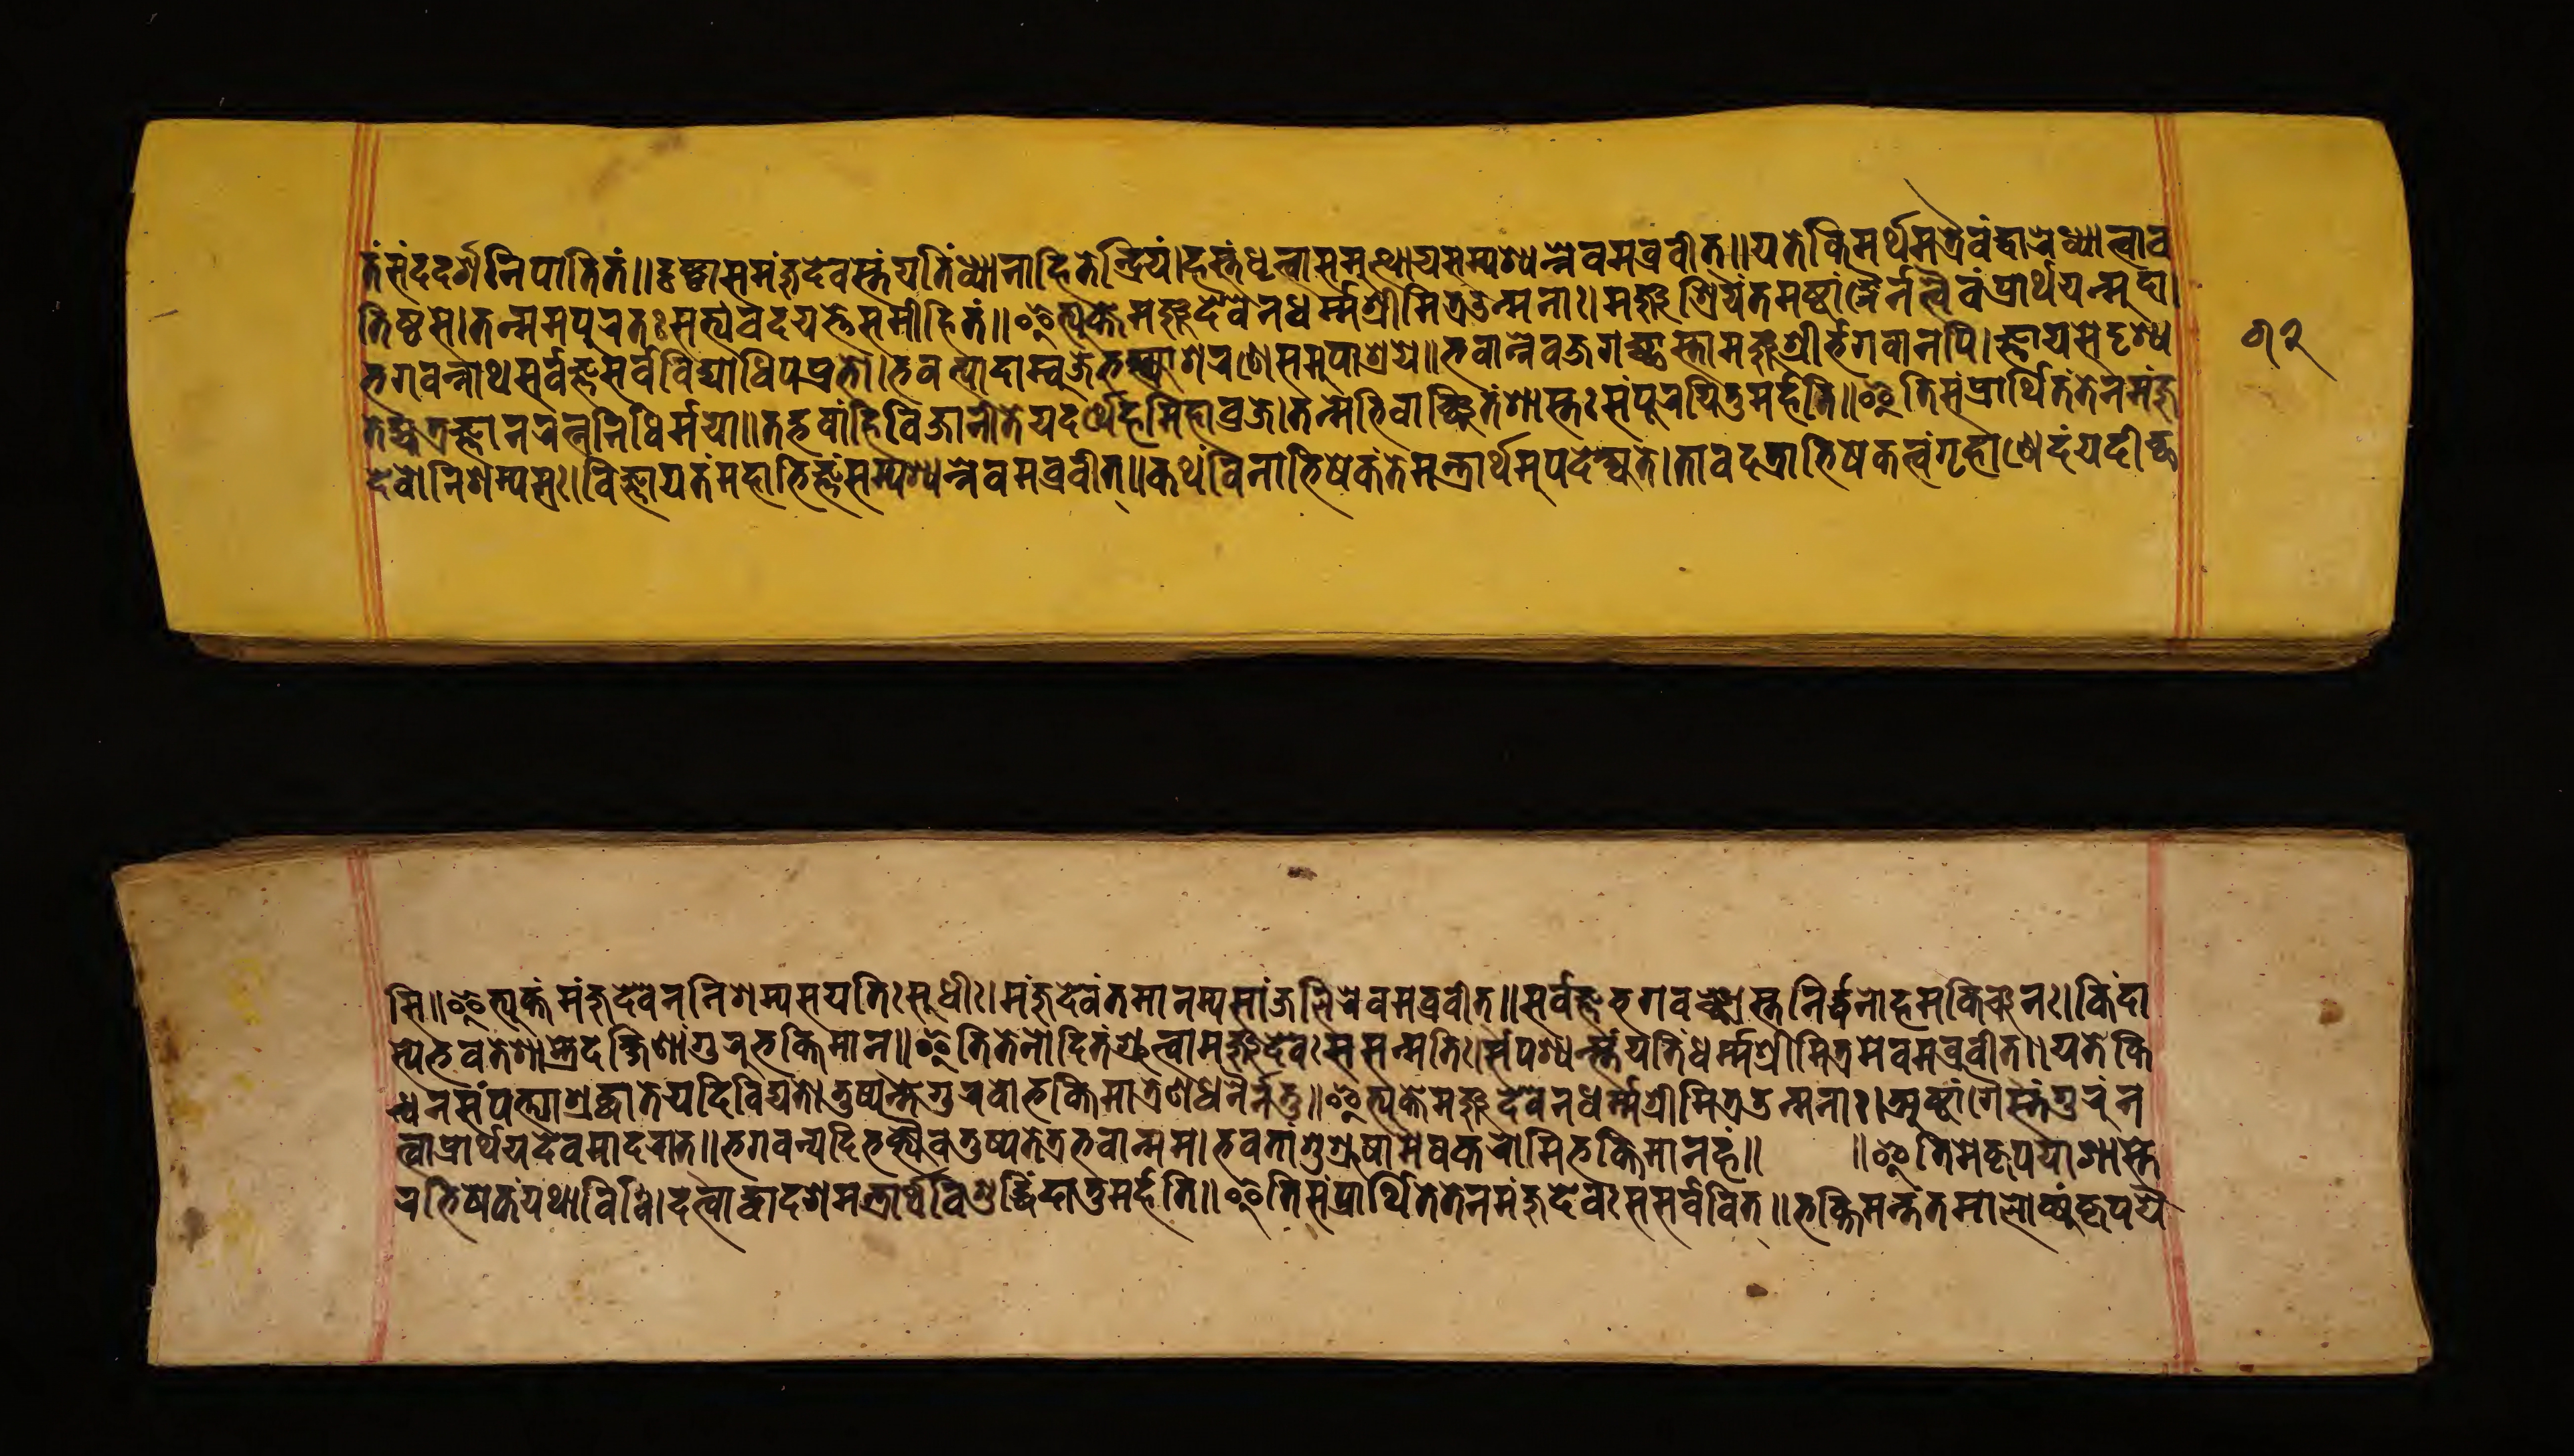
𑐟𑑄𑐳𑑄𑐡𑐡𑐬𑑂𑐱𑐣𑐶𑐥𑐵𑐟𑐶𑐟𑑄𑑌𑐡𑐺𑐲𑑂𑐚𑑂𑐰𑐵𑐳𑐩𑐘𑑂𑐖𑐸𑐡𑐾𑐰𑐳𑑂𑐟𑑄𑐫𑐟𑐶𑑄𑐢𑑂𑐫𑐵𑐟𑑂𑐰𑐵𑐖𑐶𑐟𑐾𑐣𑑂𑐡𑑂𑐬𑐶𑐫𑑄𑑋𑐴𑐳𑑂𑐟𑑄𑐢𑐺𑐟𑑂𑐰𑐵𑐳𑐩𑐸𑐟𑑂𑐠𑐵𑐫𑐳𑑄𑐥𑐱𑑂𑐫𑐣𑑂𑐣𑐾𑐰𑐰𑑂𑐬𑐰𑐷𑐟𑑂𑑌𑐫𑐟𑐾𑐎𑐶𑐩𑐬𑑂𑐠𑐩𑐟𑑂𑐬𑐿𑐰𑑄𑐡𑑂𑐰𑐵𑐬𑑄𑐢𑑂𑐫𑐵𑐟𑑂𑐰𑐵𑐰 𑐟𑐶𑐲𑑂𑐛𑐳𑑋𑐟𑐟𑑂𑐩𑐩𑐥𑐸𑐬𑐟𑑅𑐳𑐨𑑂𑐫𑑄𑐰𑐡𑐫𑐟𑐾𑐳𑐩𑐵𑐴𑐶𑐟𑑄𑑌𑐂𑐟𑑂𑐫𑐸𑐎𑑂𑐟𑑂𑐰𑐵𑐩𑐘𑑂𑐖𑐸𑐡𑐾𑐰𑐾𑑄𑐣𑐢𑐬𑑂𑐩𑐱𑑂𑐬𑐷𑐩𑐶𑐟𑑂𑐬𑑁𑐣𑑂𑐩𑐣𑐵𑑅𑑋𑐩𑐘𑑂𑐖𑐸𑐱𑑂𑐬𑐶𑐫𑐣𑑂𑐟𑐩𑐲𑑂𑐚𑐵𑑄𑐐𑐿𑐣𑐟𑑂𑐰𑐿𑐰𑑄𑐥𑑂𑐬𑐵𑐬𑑂𑐠𑐫𑐣𑑂𑐩𑐸𑐡𑐵𑑋 𑐨𑐐𑐰𑐣𑑂𑐣𑐵𑐠𑐳𑐬𑑂𑐰𑐖𑑂𑐘𑐳𑐬𑑂𑐰𑐰𑐶𑐡𑑂𑐫𑐵𑐢𑐶𑐥𑐥𑑂𑐬𑐨𑑀𑑋𑐨𑐰𑐟𑑂𑐥𑐵𑐡𑐵𑐩𑑂𑐧𑐸𑐖𑐾𑐨𑐎𑑂𑐟𑑂𑐫𑐵𑐱𑐬𑐞𑐾𑐳𑐩𑐸𑐥𑐵𑐱𑑂𑐬𑐫𑐾𑑌𑐨𑐰𑐵𑐣𑐾𑐰𑐖𑐐𑐔𑑂𑐕𑐵𑐳𑑂𑐟𑐵𑐩𑐘𑑂𑐖𑐸𑐱𑑂𑐬𑐷𑐬𑑂𑐨𑐐𑐰𑐵𑐣𑐥𑐶𑑋𑐖𑑂𑐘𑐵𑐫𑐳𑐾𑐡𑐺𑐱𑑂𑐫 𑐟𑐾𑐴𑑂𑐫𑐟𑑂𑐬𑐖𑑂𑐘𑐵𑐣𑐬𑐟𑑂𑐣𑐣𑐶𑐢𑐶𑐬𑑂𑐩𑐫𑐵𑑌𑐟𑐡𑑂𑐨𑐰𑐵𑐴𑑂𑐣𑐶𑐰𑐶𑐖𑐵𑐣𑐷𑐟𑐾𑐫𑐡𑐬𑑂𑐠𑐾𑐴𑐩𑐶𑐴𑐵𑐰𑑂𑐬𑐖𑑋𑐟𑐟𑑂𑐩𑐾𑐨𑐶𑐰𑐵𑑄𑐔𑑂𑐕𑐶𑐟𑑄𑐱𑐵𑐳𑑂𑐟𑐵𑑅𑐳𑑄𑐥𑐹𑐬𑐫𑐶𑐟𑐸𑐩𑐬𑑂𑐴𑐟𑐶𑑌𑐂𑐟𑐶𑐳𑑄𑐥𑑂𑐬𑐵𑐬𑑂𑐠𑐶𑐟𑑄𑐟𑐾𑐣𑐩𑐘𑑂𑐖𑐸 𑐡𑐾𑐰𑐣𑐶𑐱𑐩𑑂𑐫𑐳𑑋𑐰𑐶𑐖𑑂𑐘𑐵𑐫𑐟𑑄𑐩𑐴𑐵𑐨𑐶𑐖𑑂𑐘𑑄𑐳𑑄𑐥𑐱𑑂𑐫𑐣𑑂𑐣𑐾𑐰𑐩𑐰𑑂𑐬𑐰𑐷𑐟𑑂𑑌𑐎𑐠𑑄𑐰𑐶𑐣𑐵𑐀𑐨𑐶𑐲𑐾𑐎𑑄𑐟𑐾𑐩𑐣𑑂𑐟𑑂𑐬𑐵𑐬𑑂𑐠𑐩𑐸𑐥𑐡𑐾𑐱𑑂𑐫𑐟𑐾𑑌𑐟𑐵𑐰𑐡𑐟𑑂𑐬𑐨𑐶𑐲𑐾𑐎𑐟𑑂𑐰𑑄𑐐𑐺𑐴𑑂𑐰𑐵𑐞𑑂𑐴𑐾𑐡𑑄𑐫𑐡𑐷𑐔𑑂𑐕 𑐳𑐶𑑌𑐂𑐟𑑂𑐫𑐸𑐎𑑂𑐟𑑄𑐩𑐘𑑂𑐖𑐸𑐡𑐾𑐰𑐾𑐣𑐣𑐶𑐱𑐩𑑂𑐫𑐳𑐫𑐟𑐶𑑅𑐳𑐸𑐢𑐷𑑅𑑋𑐩𑐘𑑂𑐖𑐸𑐡𑐾𑐰𑑄𑐣𑐩𑑀𑐳𑑂𑐟𑐳𑑂𑐫𑐳𑐵𑐘𑑂𑐖𑐮𑐶𑐬𑐾𑐰𑐩𑐰𑑂𑐬𑐰𑐷𑐟𑑂𑑌𑐳𑐬𑑂𑐰𑐖𑑂𑐘𑐨𑐐𑐰𑐵𑐘𑑂𑐕𑐵𑐳𑑂𑐟𑐵𑐣𑐶𑐬𑑂𑐢𑐣𑑀𑐴𑐩𑐎𑐶𑑄𑐔𑐣𑑅𑑋𑐎𑐶𑑄𑐡𑐵 𑐳𑑂𑐫𑐾𑐨𑐰𑐟𑑄𑐱𑐵𑐳𑑂𑐟𑑂𑐬𑐾𑐡𑐎𑑂𑐲𑐶𑐞𑐵𑑄𑐐𑐸𑐬𑐸𑐨𑐎𑑂𑐟𑐶𑐩𑐵𑐣𑑂𑑋𑐂𑐟𑐶𑐟𑐾𑐣𑑀𑐡𑐶𑐟𑑄𑐱𑑂𑐬𑐸𑐟𑑂𑐰𑐵𑑅𑐩𑐘𑑂𑐖𑐸𑐡𑐾𑐰𑑅𑐳𑐳𑐣𑑂𑐩𑐟𑐶𑑅𑑋𑐳𑑄𑐥𑐱𑑂𑐫𑐣𑑂𑐳𑑂𑐟𑐾𑐫𑐟𑐷𑐢𑐬𑑂𑐩𑐱𑑂𑐬𑐷𑐩𑐶𑐟𑑂𑐬𑐩𑐾𑐰𑐩𑐰𑑂𑐬𑐰𑐷𑐟𑑂𑑌𑐫𑐟𑑅𑐎𑐶 𑐣𑑂𑐢𑐣𑐳𑑄𑐥𑐟𑑂𑐫𑐵𑐱𑑂𑐬𑐡𑑂𑐢𑐵𑐟𑐾𑐫𑐡𑐶𑐰𑐶𑐡𑑂𑐫𑐟𑐾𑑋𑐟𑐸𑐲𑑂𑐫𑐣𑑂𑐟𑐾𑐐𑐸𑐬𑐸𑐰𑑀𑐨𑐎𑑂𑐟𑐶𑐩𑐵𑐟𑑂𑐬𑐾𑐞𑐵𑐟𑑂𑐬𑐢𑐣𑐾𑐣𑐟𑐸𑑋𑐂𑐟𑑂𑐫𑐸𑐎𑑂𑐟𑑂𑐰𑐵𑐩𑐘𑑂𑐖𑐸𑐡𑐾𑐰𑐾𑐣𑐢𑐬𑑂𑐩𑐱𑑂𑐬𑐷𑐩𑐶𑐟𑑂𑐬𑑁𑐣𑑂𑐩𑐟𑐵𑑅𑑋𑐀𑐲𑑂𑐚𑐵𑑄𑐐𑐾𑐳𑑂𑐟𑑄𑐐𑐸𑐬𑐸𑑄𑐣 𑐟𑑂𑐰𑐵𑐥𑑂𑐬𑐵𑐬𑑂𑐠𑐫𑐡𑐾𑐰𑐩𑐵𑐡𑐬𑐵𑐟𑑂𑑌𑐨𑐐𑐰𑐣𑑂𑐫𑐡𑐶𑐨𑐎𑑂𑐟𑑂𑐫𑐿𑐰𑐟𑐸𑐲𑑂𑐫𑐟𑐾𑐟𑑂𑐬𑐨𑐰𑐵𑐣𑑂𑐩𑐩𑑋𑐨𑐰𑐟𑐵𑑄𑐳𑐸𑐱𑑂𑐬𑐹𑐲𑐵𑐩𑐾𑐲𑐎𑐬𑑀𑐩𑐶𑐨𑐎𑑂𑐟𑐶𑐩𑐵𑐣𑐴𑑄𑑌 𑑌𑐂𑐟𑐶𑐩𑐾𑐎𑐺𑐥𑐫𑐵𑐱𑐵𑐳𑑂𑐟 𑐬𑐨𑐶𑐲𑐾𑐎𑐫𑐠𑐵𑐰𑐶𑐢𑐶𑑅𑑋𑐡𑐟𑑂𑐰𑐵𑐡𑑂𑐰𑐵𑐡𑐱𑐩𑐣𑑂𑐟𑑂𑐬𑐵𑐬𑑂𑐠𑑄𑐰𑐶𑐱𑐸𑐡𑑂𑐢𑐶𑐡𑐵𑐟𑐸𑐩𑐬𑑂𑐴𑐟𑐶𑑌𑐂𑐟𑐶𑐳𑑄𑐥𑑂𑐬𑐵𑐬𑑂𑐠𑐶𑐟𑑄𑐟𑐾𑐣𑐩𑐘𑑂𑐖𑐸𑐡𑐾𑐰𑑄𑐳𑐳𑐬𑑂𑐰𑐰𑐶𑐟𑑂𑑌𑐨𑐎𑑂𑐟𑐶𑐩𑐣𑑂𑐟𑐟𑐩𑐵𑐮𑑀𑐎𑑂𑐫𑑄𑐰𑐺𑐥𑐫𑐾 𑑖𑑒